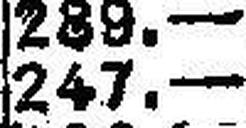
247.—